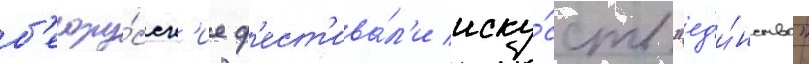
б'елору́сск'ие ф'ест'ива́л'и иску́сств "ед'и́нство"